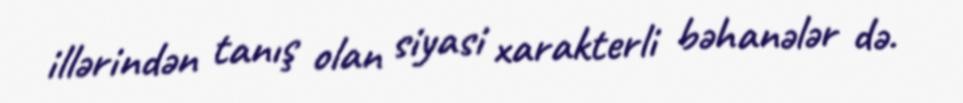
illərindən tanış olan siyasi xarakterli bəhanələr də.